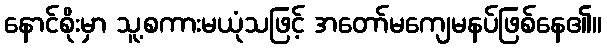
နောင်စိုးမှာ သူ့စကားမယုံသဖြင့် အတော်မကျေမနပ်ဖြစ်နေ၏။